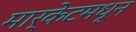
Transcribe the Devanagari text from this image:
मार्केटमधून